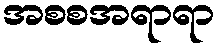
အစစအရာရာ